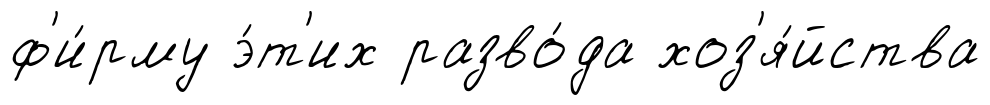
ф'и́рму э́т'их разво́да хоз'я́йства